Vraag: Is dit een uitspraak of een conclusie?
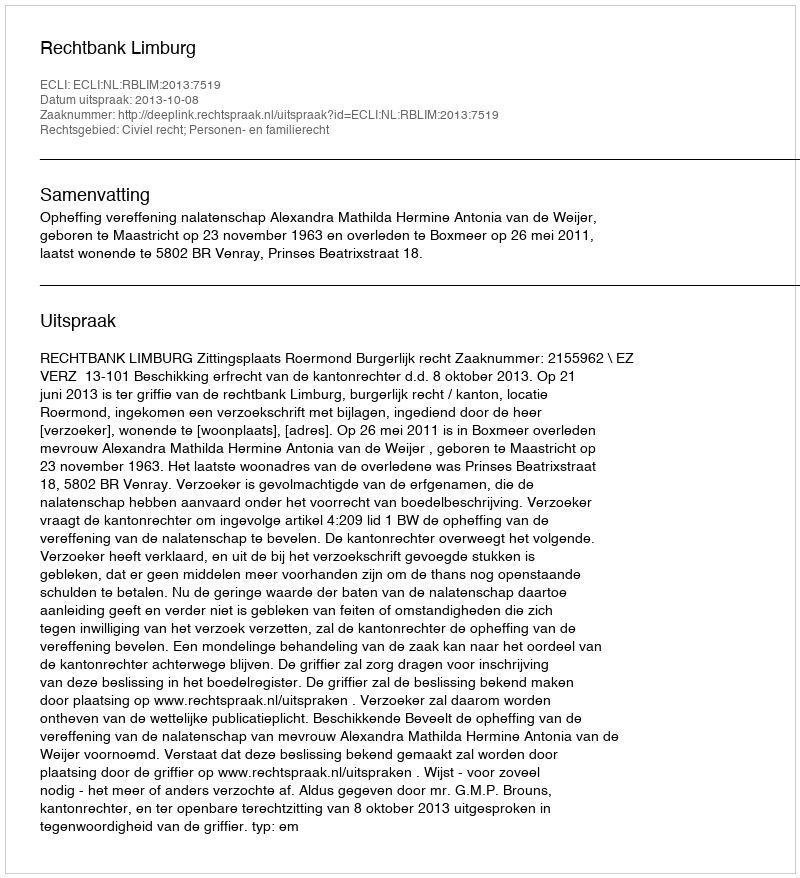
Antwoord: Uitspraak